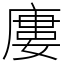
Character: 廔